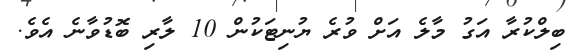
ބިލްކުރާ އަގު މާލެ އަށް ވުރެ ޔުނިޓަކުން 10 ލާރި ބޮޑުވާނެ އެވެ.